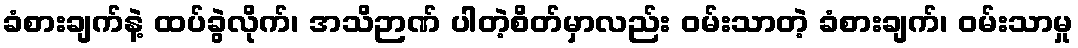
ခံစားချက်နဲ့ ထပ်ခွဲလိုက်၊ အသိဉာဏ် ပါတဲ့စိတ်မှာလည်း ဝမ်းသာတဲ့ ခံစားချက်၊ ဝမ်းသာမှု